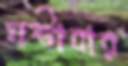
ঘষ্‌টাবার